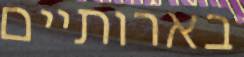
בארותיים